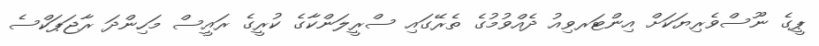
ޕީގެ ނޫސްވެރިޔަކަށް އިންޓަރވިއު ދެއްވުމުގެ ތެރޭގައި ސްރީލަންކާގެ ކުރީގެ ރައީސް މަހިންދަ ރާޖަޕަކްސެ